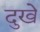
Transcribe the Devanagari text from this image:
दुखे